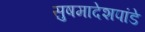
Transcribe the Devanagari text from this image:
सुषमादेशपांडे